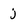
Character: j